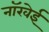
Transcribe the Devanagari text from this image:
नॉरवेई